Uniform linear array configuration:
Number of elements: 12
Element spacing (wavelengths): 0.5
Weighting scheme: uniform
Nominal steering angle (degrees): -60
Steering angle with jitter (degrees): -61.068
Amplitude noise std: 0.05
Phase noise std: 0.05

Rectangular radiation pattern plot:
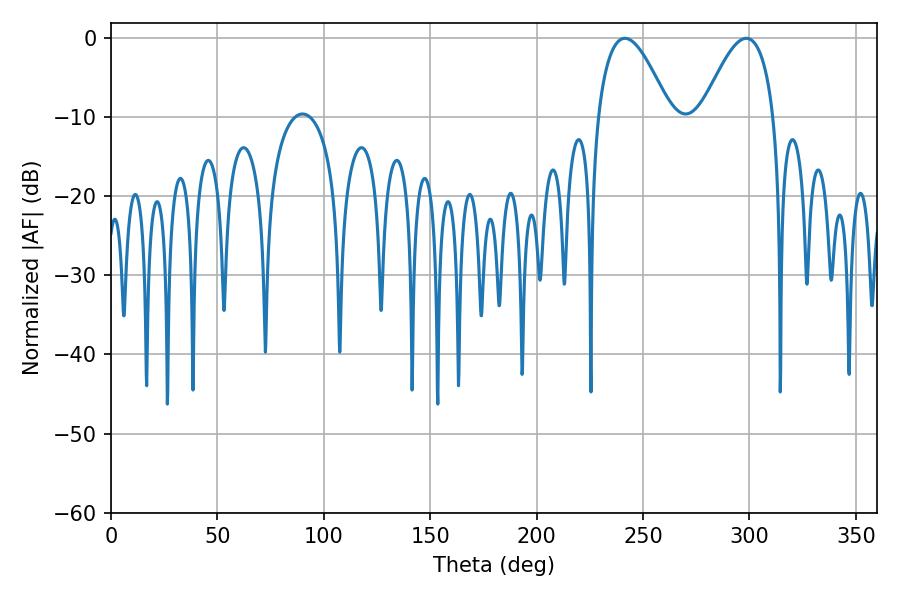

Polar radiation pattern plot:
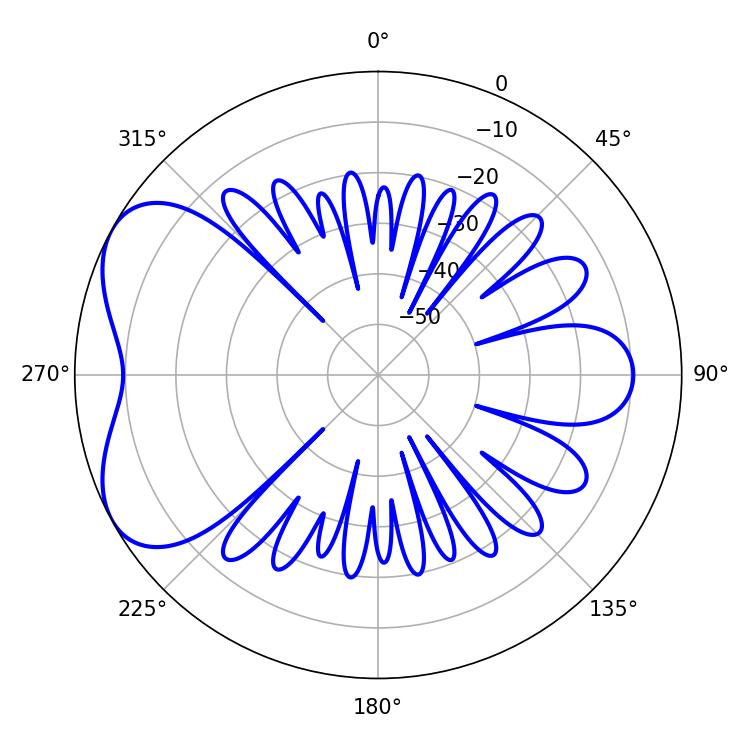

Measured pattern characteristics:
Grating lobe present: FALSE
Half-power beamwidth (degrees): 18.54
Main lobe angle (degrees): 241.56